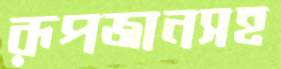
রূপজানসহ